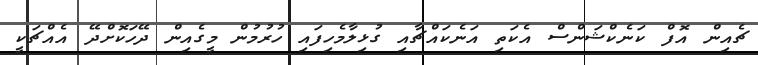
ޗެއިން އޮފް ކަނެކްޝަންސް އެކަތި އަނެކައްޗާއި ގުޅިލާމެހިފައި ހުރުމުން މީގެއިން ދޭހަކޮށްދޭ އެއްޗަކީ